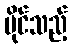
ပိုင်သည့်